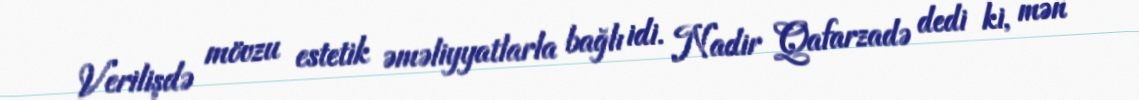
Verilişdə mövzu estetik əməliyyatlarla bağlı idi. Nadir Qafarzadə dedi ki, mən